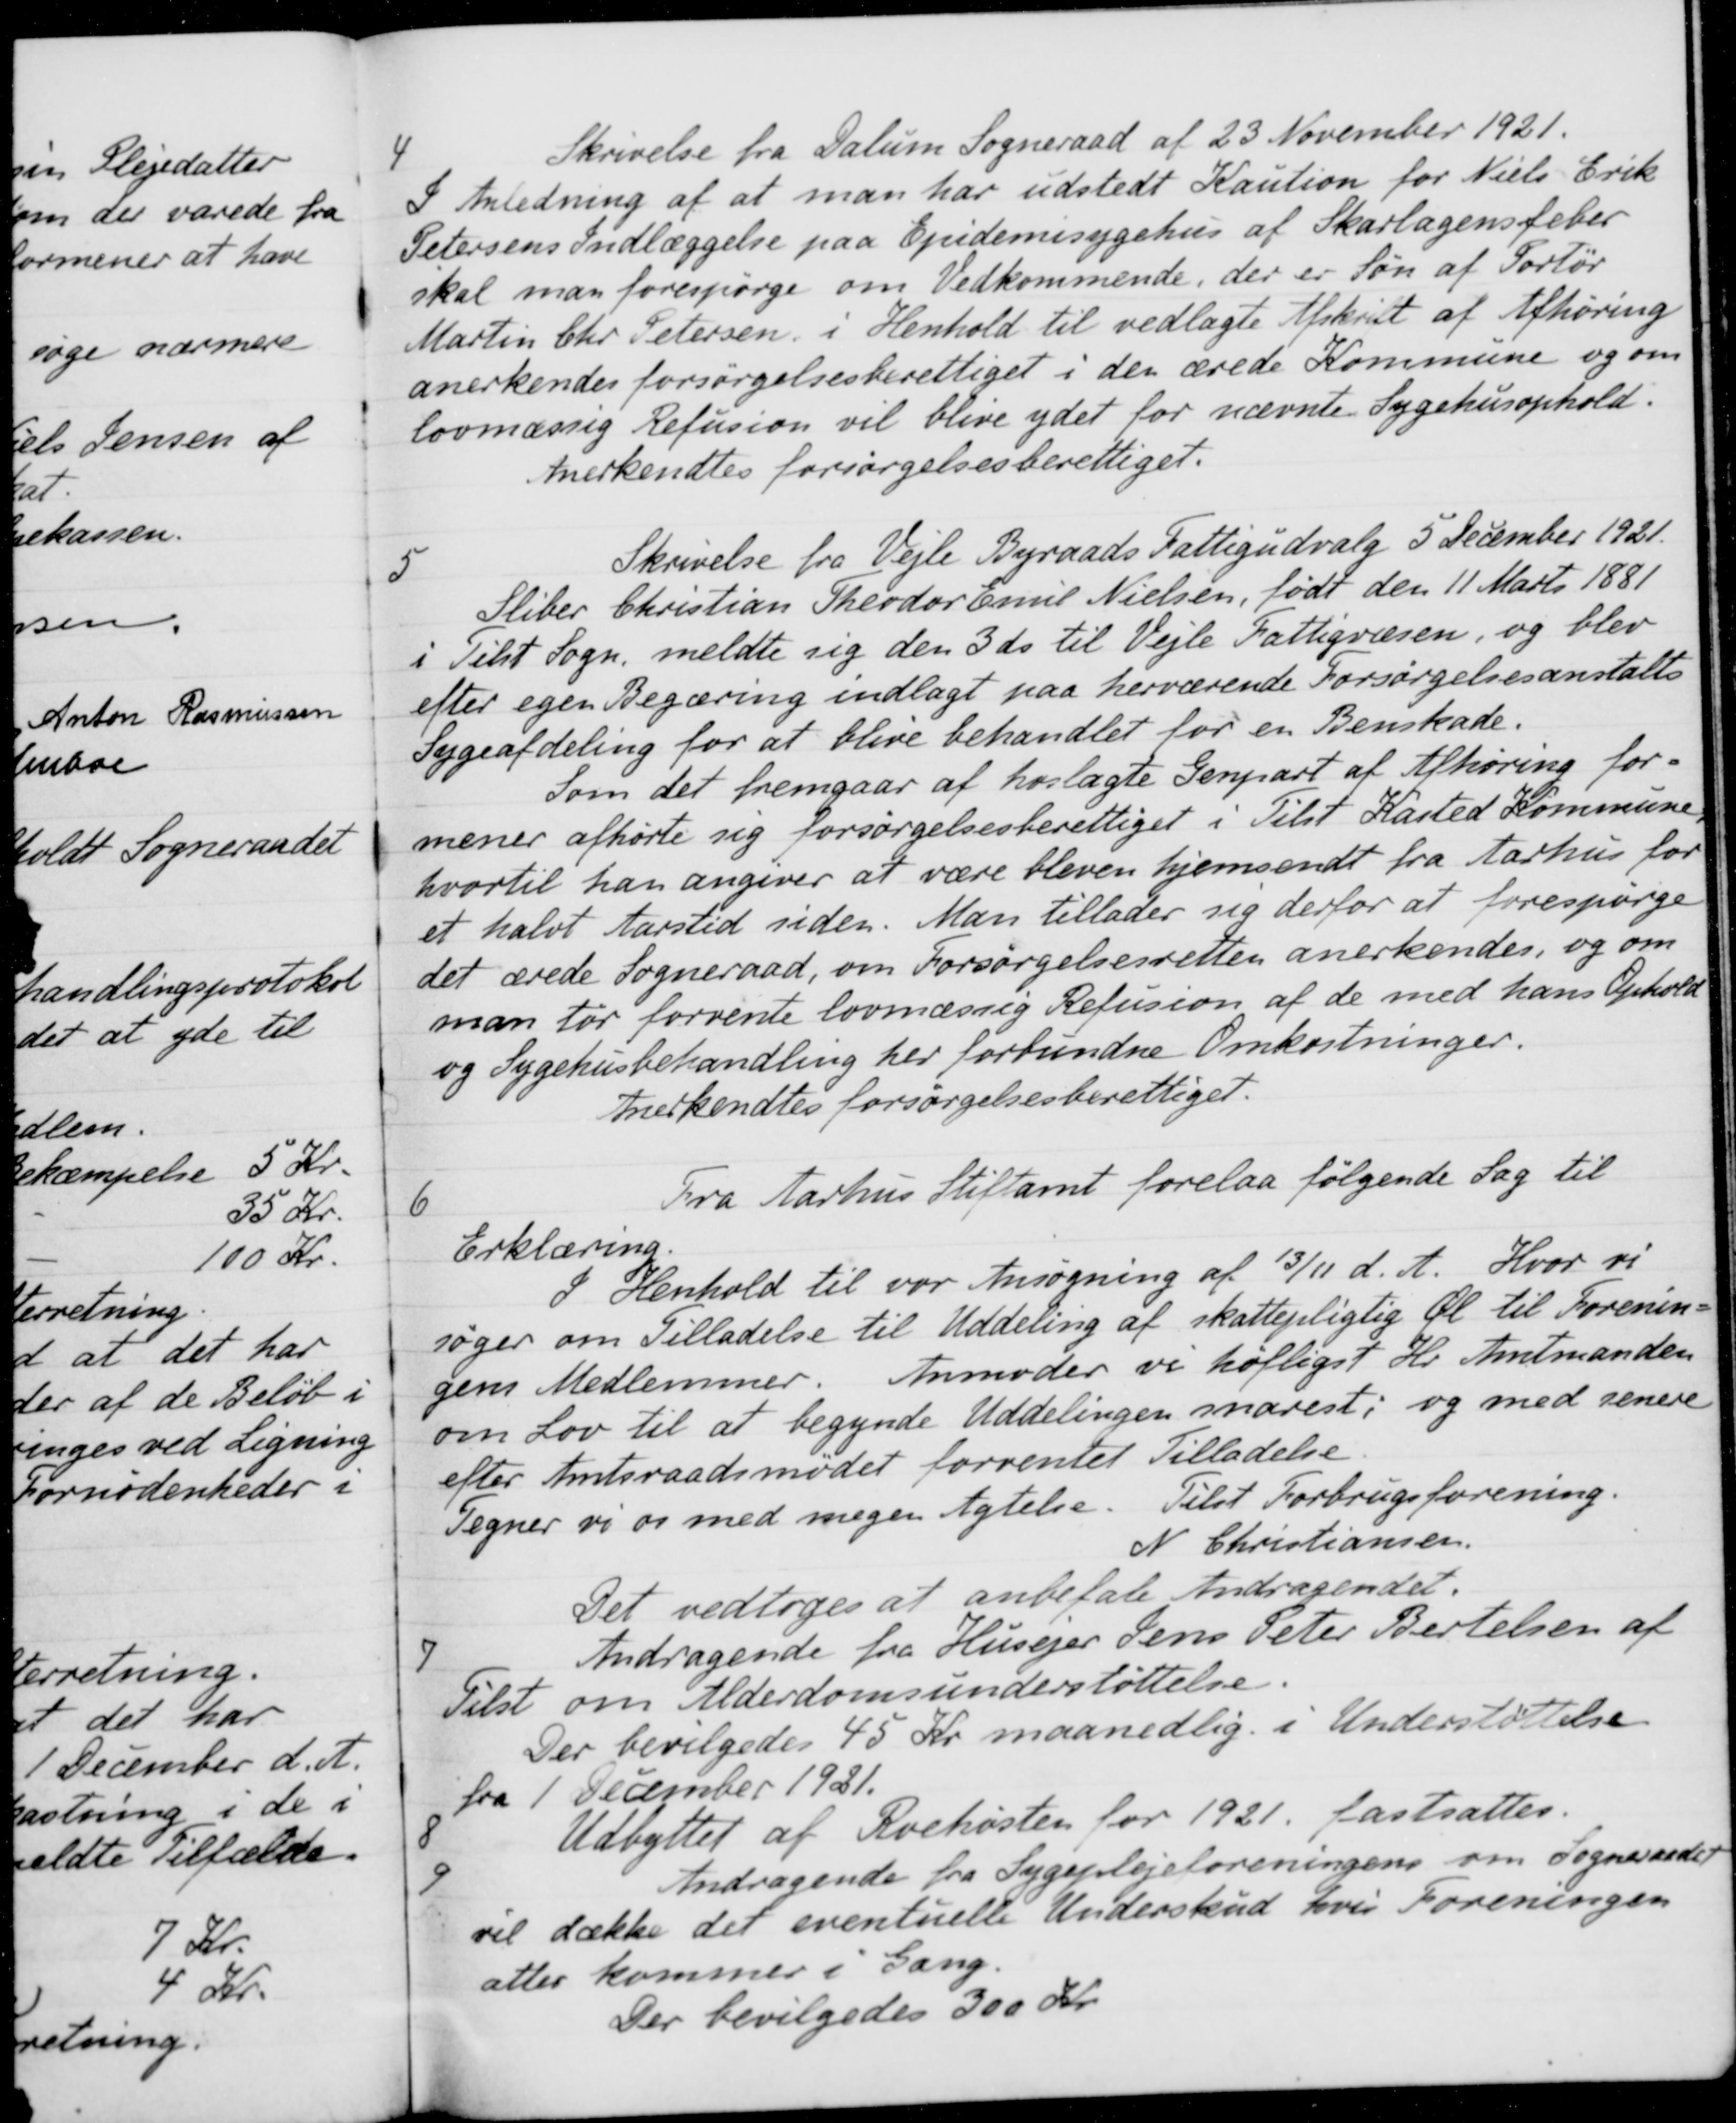
Transskription:
4
Skrivelse fra Dalum Sogneraad af 23 November 1921.
I Anledning af at man har udstedt Kaution for Niels Erik
Petersens Indlæggelse paa Epidemisygehus af Skarlagensfeber
skal man forespørge om Vedkommende, der er Søn af Portør
Martin Chr Petersen i Henhold til vedlagte Afskrift af Afhøring
anerkendes forsørgelsesberettiget i den ærede Kommune og om
lovmæssig Refusion vil blive ydet for nævnte Sygehusophold.
Anerkendtes forsørgelsesberettiget.
5
Skrivelse fra Vejle Byraads Fattigudvalg 5 December 1921.
Sliber Christian Theodor Emil Nielsen, født den 11 Marts 1881
i Tilst Sogn meldte sig den 3 ds til Vejle Fattigvæsen, og blev
efter egen Begæring indlagt paa herværende Forsørgelsesanstalts
Sygeafdeling for at blive behandlet for en Benskade.
Som det fremgaar af hoslagte Genpart af Afhøring for-
mener afhørte sig forsørgelsesberettiget i Tilst Kasted Kommune,
hvortil han angiver at være bleven hjemsendt fra Aarhus for
et halvt Aarstid siden. Man tillader sig derfor at forespørge
det ærede Sogneraad, om Forsørgelsesretten anerkendes, og om
man før forvente lovmæssig Refusion af de med hans Ophold
og Sygehusbehandling her forbundne Omkostninger.
Anerkendtes forsørgelsesberettiget.
6
Fra Aarhus Stiftamt forelaa følgende Sag til
Erklæring.
I Henhold til vor Ansøgning af 13/11 d. A. Hvor vi
søger om Tilladelse til Uddeling af skattepligtig Øl til Forenin-
gens Medlemmer
Anmoder vi høfligst Hr. Amtmanden
om Lov til at begynde Uddelingen snarest, og med senere
efter Amtsraadsmødet forventet Tilladelse
Tegner vi os med megen Agtelse. Tilst Forbrugsforening.
N Christiansen.
Det vedtoges at anbefale Andragendet.
7
Andragende fra Husejer Jens Peter Bertelsen af
Telst om Alderdomsunderstøttelse.
Der bevilgedes 45 Kr maanedlig i Understøttelse.
fra 1 December 1921.
8
Udbyttet af Roehøsten for 1921, fastsattes.
9
Andragende fra Sygeplejeforeningens om Sogneraadet
vil dække det eventuelle Underskud hvis Foreningen
aller kommer i Gang.
Der bevilgedes 300 Kr.